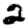
Digit: 2